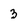
Character: 3